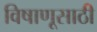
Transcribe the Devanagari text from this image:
विषाणूसाठी